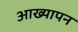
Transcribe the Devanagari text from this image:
आख्यापन